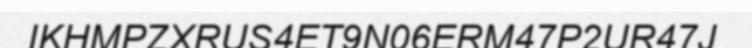
IKHMPZXRUS4ET9N06ERM47P2UR47J